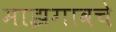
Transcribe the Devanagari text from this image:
माझगावचे